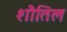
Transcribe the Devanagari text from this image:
शौतिल